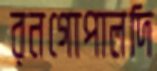
রনগোপালদি